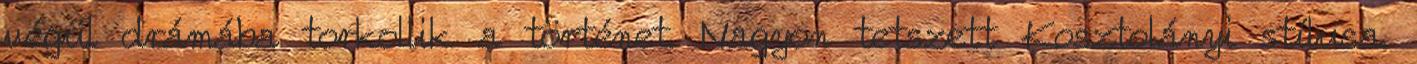
végül drámába torkollik a történet. Nagyon tetszett Kosztolányi stílusa.